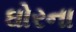
ઘોરના